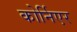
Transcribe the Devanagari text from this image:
कोर्निएर